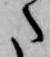
た